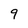
Character: 9